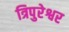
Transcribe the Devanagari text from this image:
त्रिपुरेश्वर